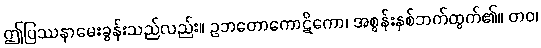
ဤပြဿနာမေးခွန်းသည်လည်း။ ဥဘတောကောဋိကော၊ အစွန်းနှစ်ဘက်ထွက်၏။ တဝ၊